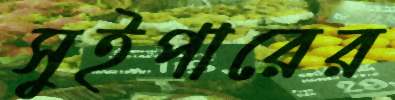
সুইপারের